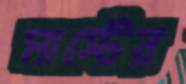
মাস্টের